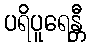
ပရိပူရေန္တီ